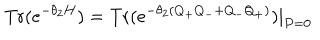
LaTeX: \mathrm { T r } ( e ^ { - \theta _ { 2 } H } ) = \mathrm { T r } ( e ^ { - \theta _ { 2 } ( Q _ { + } Q _ { - } + Q _ { - } Q _ { + } ) } ) | _ { P = 0 }